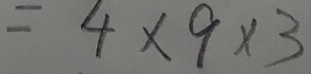
= 4 \times 9 \times 3